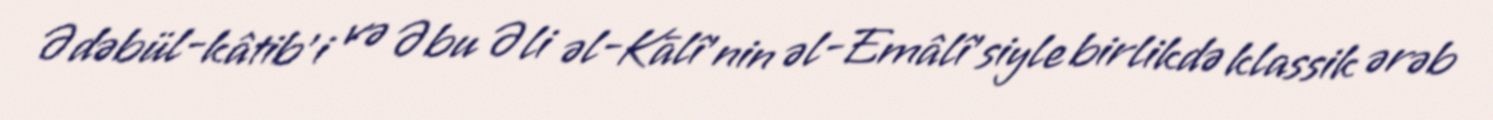
Ədəbül-kâtib'i və Əbu Əli əl-Kālî'nin əl-Emâlî'siyle birlikdə klassik ərəb